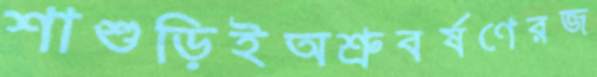
শাশুড়িইঅশ্রুবর্ষণেরজ